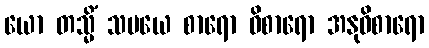
ယော တသ္မိံ သမယေ စာရော ဝိစာရော အနုဝိစာရော